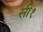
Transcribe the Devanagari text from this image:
सी१